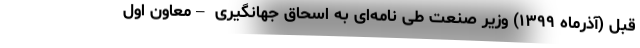
قبل (آذرماه ۱۳۹۹) وزیر صنعت طی نامه‌ای به اسحاق جهانگیری –معاون اول